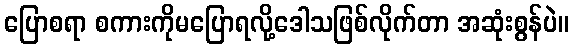
ပြောစရာ စကားကိုမပြောရလို့ဒေါသဖြစ်လိုက်တာ အဆုံးစွန်ပဲ။